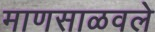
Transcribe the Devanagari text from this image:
माणसाळवले